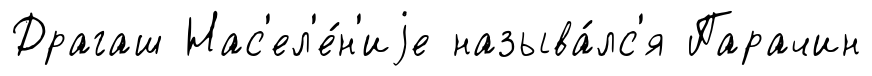
Драгаш Нас'ел'е́н'иjе называ́лс'я Парачин